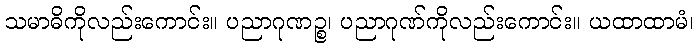
သမာဓိကိုလည်းကောင်း။ ပညာဂုဏဉ္စ၊ ပညာဂုဏ်ကိုလည်းကောင်း။ ယထာထာမံ၊